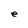
Character: e